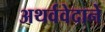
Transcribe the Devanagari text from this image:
अथर्ववेदाने